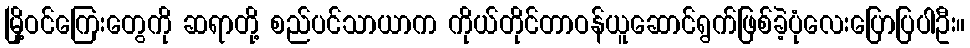
မြို့ဝင်ကြေးတွေကို ဆရာတို့ စည်ပင်သာယာက ကိုယ်တိုင်တာဝန်ယူဆောင်ရွက်ဖြစ်ခဲ့ပုံလေးပြောပြပါဦး။